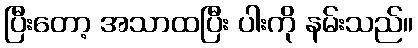
ပြီးတော့ အသာထပြီး ပါးကို နမ်းသည်။